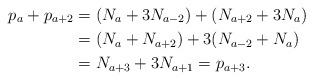
LaTeX: \begin{align*}p_{a}+p_{a+2} &=(N_{a}+3N_{a-2})+(N_{a+2}+3N_{a}) \\&=(N_{a}+N_{a+2})+3(N_{a-2}+N_{a}) \\&=N_{a+3}+3N_{a+1}=p_{a+3}.\end{align*}